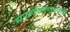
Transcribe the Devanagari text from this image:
मराठमोळेपणामागेही